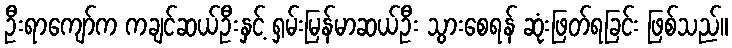
ဦးရာကျော်က ကချင်ဆယ်ဦးနှင့် ရှမ်းမြန်မာဆယ်ဦး သွားစေရန် ဆုံးဖြတ်ရခြင်း ဖြစ်သည်။